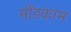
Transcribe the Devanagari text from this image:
मींडकाम